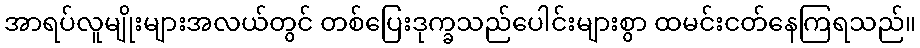
အာရပ်လူမျိုးများအလယ်တွင် တစ်ပြေးဒုက္ခသည်ပေါင်းများစွာ ထမင်းငတ်နေကြရသည်။